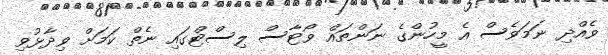
ވެއްދި ނަމަވެސް އެ މީހުންގެ ނަންތައް ވޯޓާސް ލިސްޓްގައި ނެތް ކަމަށް ވިދާޅުވި